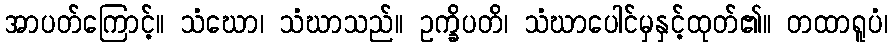
အာပတ်ကြောင့်။ သံဃော၊ သံဃာသည်။ ဥက္ခိပတိ၊ သံဃာပေါင်မှနှင့်ထုတ်၏။ တထာရူပံ၊